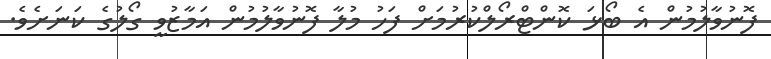
ފޮނުވާލުމުން އެ ބޯޅަ ކޮންޓްރޯލްކުރުމަށް ފަހު މުލާ ފޮނުވާލުމުން އަމާޒުވީ ގޯލުގެ ކަނަށެވެ.